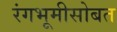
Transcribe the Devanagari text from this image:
रंगभूमीसोबत